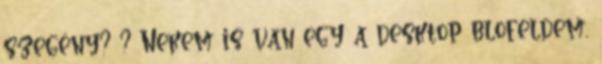
szegény? ? Nekem is van egy a desktop blofeldem,